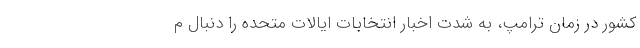
کشور در زمان ترامپ، به شدت اخبار انتخابات ایالات متحده را دنبال م